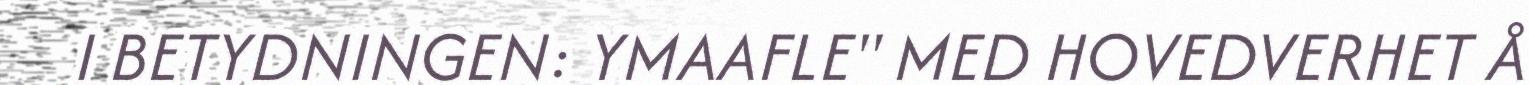
I BETYDNINGEN: YMAAFLE" MED HOVEDVERHET Å